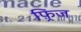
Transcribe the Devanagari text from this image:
फ़्रिंज